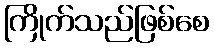
ကြိုက်သည်ဖြစ်စေ